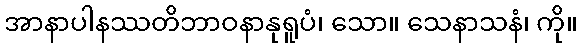
အာနာပါနဿတိဘာဝနာနုရူပံ၊ သော။ သေနာသနံ၊ ကို။